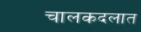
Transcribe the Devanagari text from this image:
चालकदलात